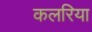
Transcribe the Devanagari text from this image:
कलरिया